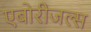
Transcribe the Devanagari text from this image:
एबोरीजल्स